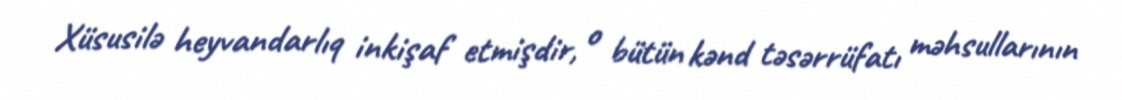
Xüsusilə heyvandarlıq inkişaf etmişdir, o bütün kənd təsərrüfatı məhsullarının